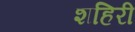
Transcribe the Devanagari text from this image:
शहिरी